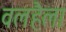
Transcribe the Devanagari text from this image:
वलहैला